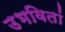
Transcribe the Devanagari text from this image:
उभवितां